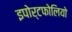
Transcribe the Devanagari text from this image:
इपोर्टफोलियो